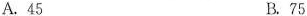
A.45 B.75